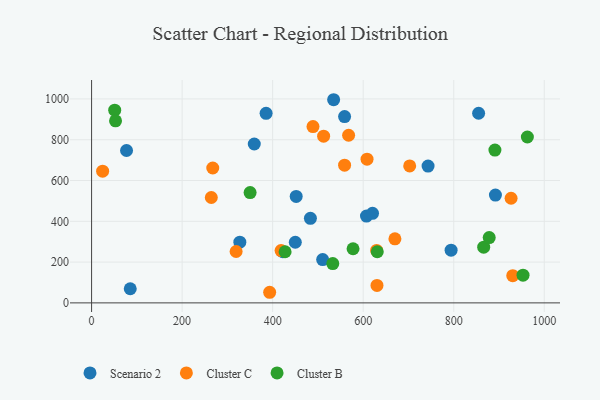
{"axis": {"x": "Distance", "y": "Yield"}, "legend": ["Cluster B", "Cluster C", "Scenario 2"], "data": [{"x": "452.0", "y": 522.1, "type": "Scenario 2"}, {"x": "327.5", "y": 297.7, "type": "Scenario 2"}, {"x": "607.3", "y": 425.5, "type": "Scenario 2"}, {"x": "892.1", "y": 528.8, "type": "Scenario 2"}, {"x": "510.5", "y": 212.4, "type": "Scenario 2"}, {"x": "385.5", "y": 929.5, "type": "Scenario 2"}, {"x": "422.6", "y": 250.9, "type": "Scenario 2"}, {"x": "77.2", "y": 747.2, "type": "Scenario 2"}, {"x": "450.0", "y": 297.2, "type": "Scenario 2"}, {"x": "558.9", "y": 913.6, "type": "Scenario 2"}, {"x": "85.4", "y": 69.2, "type": "Scenario 2"}, {"x": "483.4", "y": 414.7, "type": "Scenario 2"}, {"x": "534.7", "y": 996.1, "type": "Scenario 2"}, {"x": "855.0", "y": 929.8, "type": "Scenario 2"}, {"x": "359.4", "y": 778.9, "type": "Scenario 2"}, {"x": "794.2", "y": 258.2, "type": "Scenario 2"}, {"x": "620.6", "y": 439.2, "type": "Scenario 2"}, {"x": "743.3", "y": 670.9, "type": "Scenario 2"}, {"x": "670.1", "y": 313.9, "type": "Cluster C"}, {"x": "512.6", "y": 817.2, "type": "Cluster C"}, {"x": "630.5", "y": 85.4, "type": "Cluster C"}, {"x": "558.9", "y": 675.4, "type": "Cluster C"}, {"x": "267.7", "y": 661.3, "type": "Cluster C"}, {"x": "264.5", "y": 516.6, "type": "Cluster C"}, {"x": "418.6", "y": 256.7, "type": "Cluster C"}, {"x": "567.8", "y": 821.8, "type": "Cluster C"}, {"x": "629.7", "y": 257.2, "type": "Cluster C"}, {"x": "393.4", "y": 52.0, "type": "Cluster C"}, {"x": "930.4", "y": 133.3, "type": "Cluster C"}, {"x": "319.3", "y": 251.9, "type": "Cluster C"}, {"x": "702.7", "y": 671.4, "type": "Cluster C"}, {"x": "608.5", "y": 704.6, "type": "Cluster C"}, {"x": "926.7", "y": 512.9, "type": "Cluster C"}, {"x": "489.1", "y": 864.6, "type": "Cluster C"}, {"x": "24.4", "y": 645.6, "type": "Cluster C"}, {"x": "631.1", "y": 250.6, "type": "Cluster B"}, {"x": "532.8", "y": 192.6, "type": "Cluster B"}, {"x": "866.2", "y": 273.3, "type": "Cluster B"}, {"x": "878.4", "y": 320.2, "type": "Cluster B"}, {"x": "953.1", "y": 135.8, "type": "Cluster B"}, {"x": "891.0", "y": 749.3, "type": "Cluster B"}, {"x": "577.6", "y": 265.3, "type": "Cluster B"}, {"x": "962.7", "y": 813.4, "type": "Cluster B"}, {"x": "51.1", "y": 945.1, "type": "Cluster B"}, {"x": "350.2", "y": 540.7, "type": "Cluster B"}, {"x": "52.9", "y": 892.4, "type": "Cluster B"}, {"x": "427.5", "y": 250.7, "type": "Cluster B"}]}